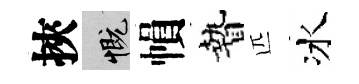
挾慨𢄙贄匹冰